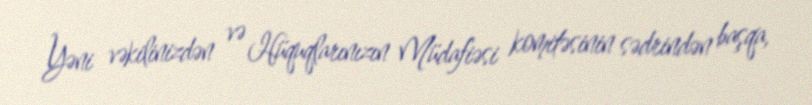
Yəni vəkilinizdən və Hüquqlarınızın Müdafiəsi komitəsinin sədrindən başqa,